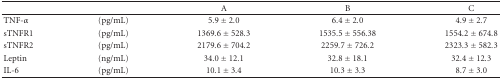
<table><thead><tr><td></td><td></td><td><b>A</b></td><td><b>B</b></td><td><b>C</b></td></tr></thead><tbody><tr><td>TNF-<i>α</i></td><td>(pg/mL)</td><td>5.9 ± 2.0</td><td>6.4 ± 2.0</td><td>4.9 ± 2.7</td></tr><tr><td>sTNFR1</td><td>(pg/mL)</td><td>1369.6 ± 528.3</td><td>1535.5 ± 556.38</td><td>1554.2 ± 674.8</td></tr><tr><td>sTNFR2 </td><td>(pg/mL)</td><td>2179.6 ± 704.2</td><td>2259.7 ± 726.2</td><td>2323.3 ± 582.3</td></tr><tr><td>Leptin </td><td>(ng/mL)</td><td>34.0 ± 12.1</td><td>32.8 ± 18.1</td><td>32.4 ± 12.3</td></tr><tr><td>IL-6</td><td>(pg/mL)</td><td>10.1 ± 3.4</td><td>10.3 ± 3.3</td><td>8.7 ± 3.0</td></tr></tbody></table>